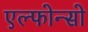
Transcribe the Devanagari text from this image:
एल्फोन्सो